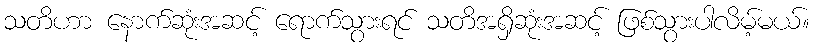
သတိဟာ နောက်ဆုံးအဆင့် ရောက်သွားရင် သတိအရှိဆုံးအဆင့် ဖြစ်သွားပါလိမ့်မယ်။